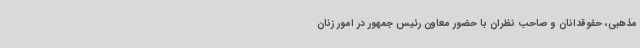
مذهبی، حقوقدانان و صاحب نظران با حضور معاون رئیس جمهور در امور زنان